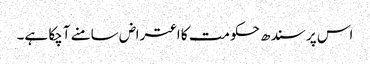
اس پر سندھ حکومت کا اعتراض سامنے آچکا ہے۔